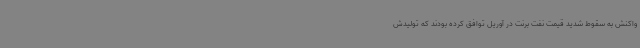
واکنش به سقوط شدید قیمت نفت برنت در آوریل توافق کرده بودند که تولیدش